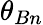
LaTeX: \theta_{Bn}